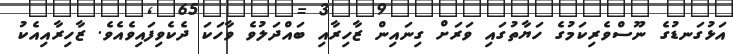
އަޅުގަނޑުގެ ނޫސްވެރިކަމުގެ ހަޔާތުގައި ވަރަށް ގިނައިން ޒާހިރާއި ބައްދަލުވެ ވާހަކަ ދެކެވިފައިވެއެވެ. ޒާހިރާއިއެކު